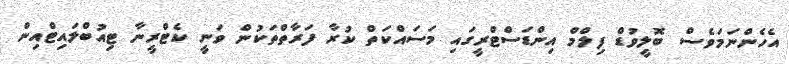
އެހެންނަމަވެސް ބޮލީވުޑް ފިލްމް އިންޑަސްޓްރީގައި މަސައްކަތް ކުރާ ފަރާތްތަކުން ވަނީ ކެޓްރީނާ ޓިއުބްލައިޓްއިން